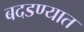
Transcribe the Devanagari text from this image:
बदडण्यात